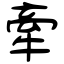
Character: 牽